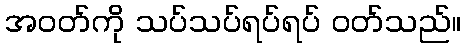
အဝတ်ကို သပ်သပ်ရပ်ရပ် ဝတ်သည်။